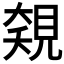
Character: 𧡅